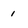
Character: i